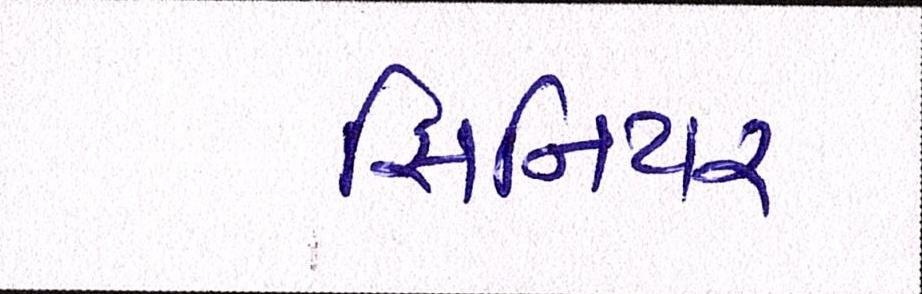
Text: સિનિયર